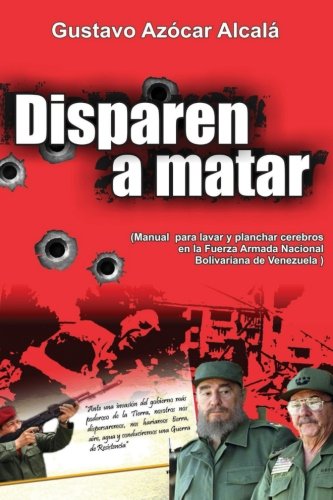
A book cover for Disparen a Matar: Manual para Lavar y Planchar cerebros en la Fuerza Armada Nacional Bolivariana de Venezuela (Spanish Edition); Gustavo AzÃ³car AlcalÃ¡; Law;